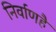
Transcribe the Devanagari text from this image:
निर्वाणहै